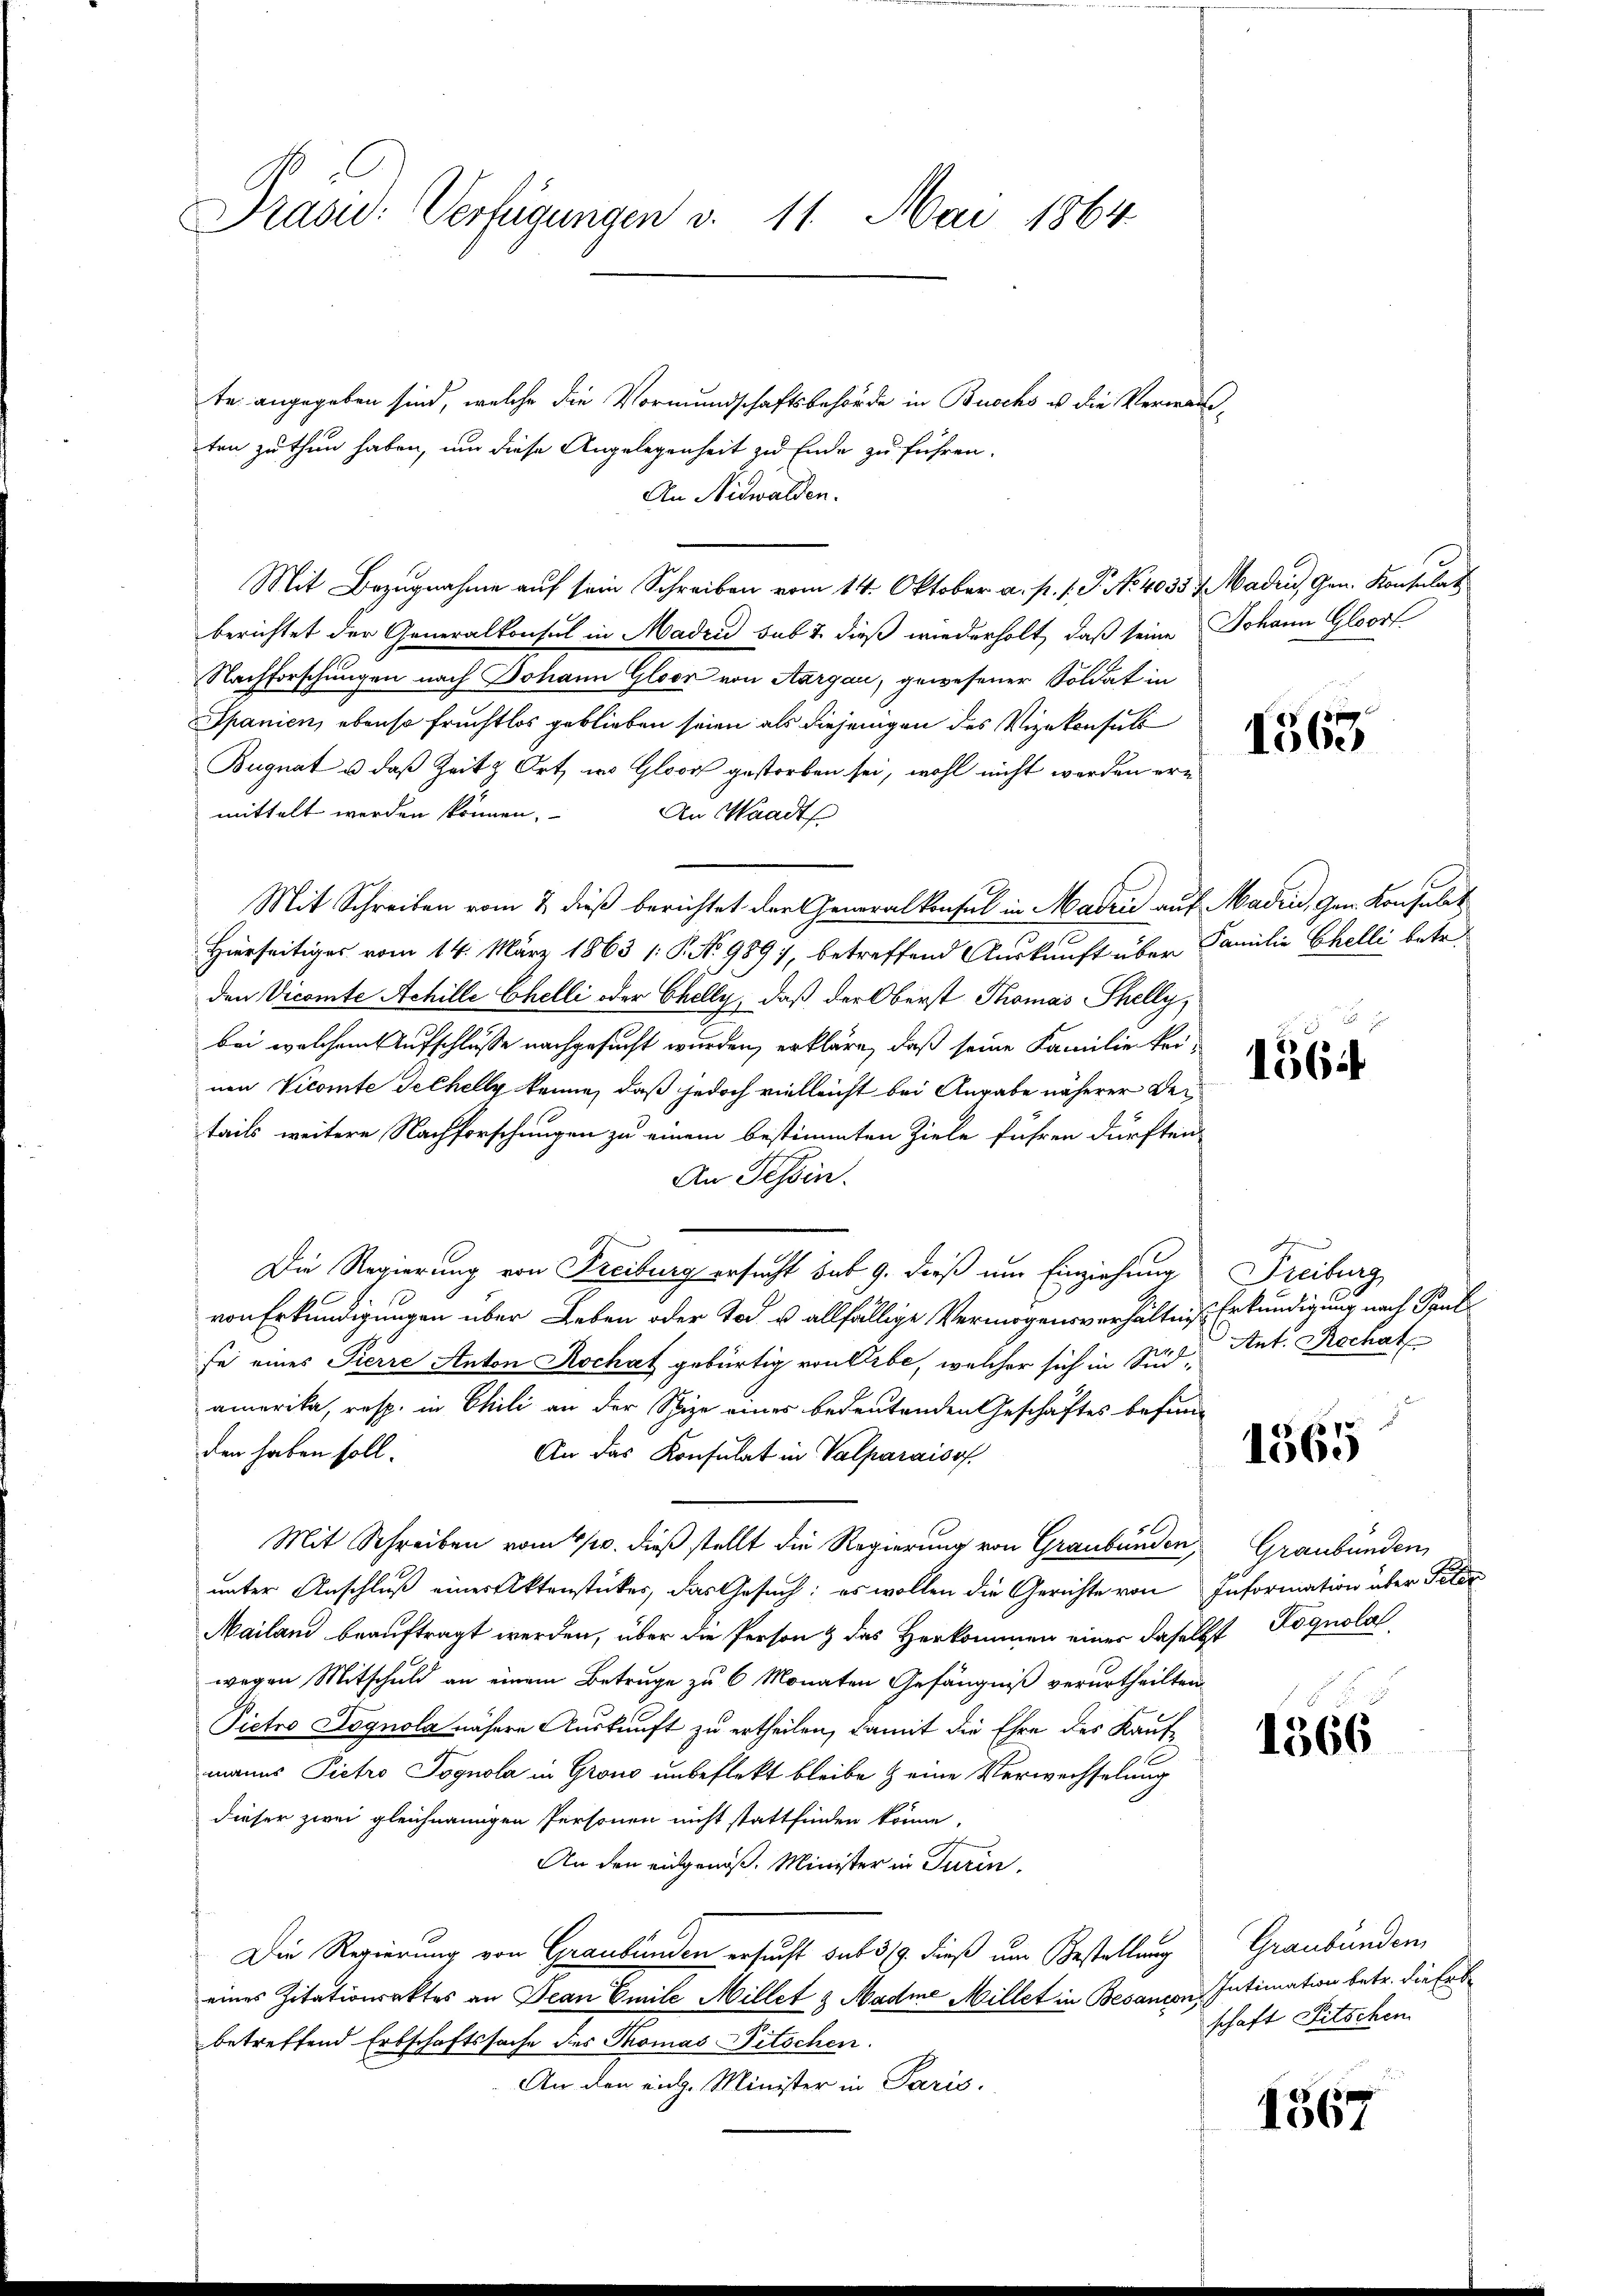
Präsid. Verfügungen v. 11. Mai 1864

te angegeben sind, welche die Vormundschaftsbehörde in Buschs u. die Verwarten zu thun haben, um diese Angelegenheit zu Ende zu führen.
An Nidwalden.
Mit Bezugnahme auf sein Schreiben vom 14. Oktober a. p. s. P. No 4035 Faden, Gen. Konsulat
berichtet der Generalkonsul in Madri sub & dieß wiederholt, daß seine Johann Gloorf
Nachforschungen nach Johann Gloor von Aargau, gewesener Soldat in
Spanien, ebenso fruchtlos geblieben seien als diejenigen des Vizekonsuls
Bugnat u. daß Zeit & Ort, wo Glosz gestorben sei, wohl nicht werden ern
mittelt werden können.
An Waadt
Mit Schreiben vom 7. dieß berichtet der Generalkonsul in Madrić auf Madin, Gen. Konsulat
Hierseitiges vom 14. März 1863 (: P. No 989), betreffend Auskunft über Familie Chelli betr.
den Vicomte Achille Chelli oder Chelly, daß der Oberst Thomas Thelly,
bei welchem Aufschlusse nachgesucht wurden, erkläre, daß seine Familie keinen Vicomte Techelly könne, daß jedoch vielleicht bei Angabe näherer Details weitere Nachforschungen zu einem bestimmten Ziele führen dürften
An Tessin.
Die Regierung von Freiburg ersucht sub 9. dieß um Einziehung
von Erkundigungen über Leben oder Tod u. allfällige Vermögensverhältniße Erkundigung nach Paul
se eines Pierre Anton Rochat gebürtig von Erbe, welcher sich in Südamerika, resp. in Chili an der Spize eines bedeutenden Geschäftes befund
den haben soll.
An das Konsulat in Valparaiso
Mit Schreiben vom 4/10. dieß stellt die Regierung von Graubünden,
unter Anschluß eines Aktenstückes, das Gesuch: es wollen die Gerichte von
Mailand beauftragt werden, über die Person & das Herkommen einer daselb
wegen Mitschuld an einem Betruge zu 6 Monaten Gefängniß verurtheilten
Pictro Dognola nähere Auskunft zu ertheilen, damit die Ehre des Kaufmanns Pietro Pognola in Grono unbeflekt bleibe & eine Verwechselung
dieser zwei gleichnamigen Personen nicht stattfinden könne,
An den eidgenoß. Minister in Turin,
Die Regierung von Graubünden ersucht sub 319. dieß um Bestellung
eines Zitationsaktes an Jean Emile Millet & Madme Millet in Besandon,
betreffend Erbschaftssache des Thomas Pitschen.
An den ein. Minister in Paris.

1563

1564

Freiburg
Ant. Rechat

1565

Graubünden
Information über Poliz
21 Lognola

1566

Graubünden
Intimation betr. die Erbe
schaft Pitschen

1567